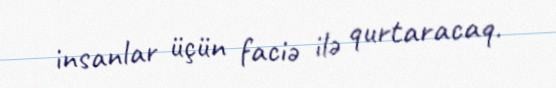
insanlar üçün faciə ilə qurtaracaq.